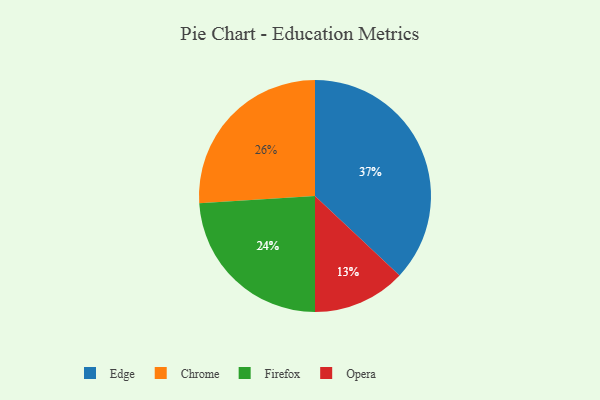
{"axis": {"x": "Category", "y": "Percentage"}, "legend": ["Chrome", "Edge", "Firefox", "Opera"], "data": [{"x": "Firefox", "y": 24, "type": "Firefox"}, {"x": "Chrome", "y": 26, "type": "Chrome"}, {"x": "Edge", "y": 37, "type": "Edge"}, {"x": "Opera", "y": 13, "type": "Opera"}]}